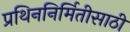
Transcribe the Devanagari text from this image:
प्रथिननिर्मितीसाठी